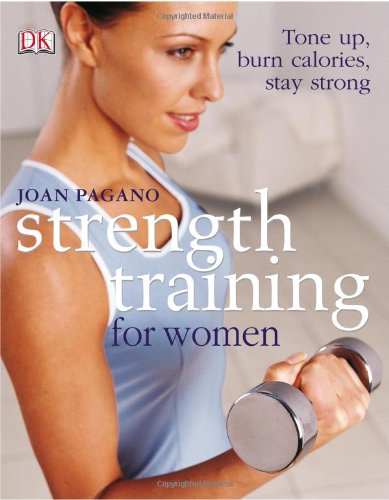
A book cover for Strength Training For Women: Tone Up, Burn Calories, Stay Strong; Joan Pagano; Parenting & Relationships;